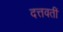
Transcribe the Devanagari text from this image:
दत्तवतीं